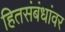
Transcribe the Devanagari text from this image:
हितसंबंधांवर